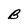
Character: B